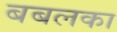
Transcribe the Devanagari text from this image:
बबलका